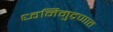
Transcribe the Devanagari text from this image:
ध्वनिमुद्रणात